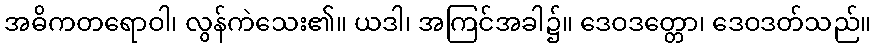
အဓိကတရောဝါ၊ လွန်ကဲသေး၏။ ယဒါ၊ အကြင်အခါ၌။ ဒေဝဒတ္တော၊ ဒေဝဒတ်သည်။